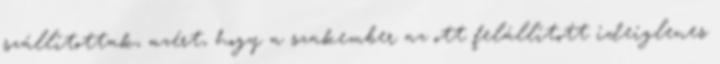
szállítottak, azért, hogy a szakember az ott felállított ideiglenes